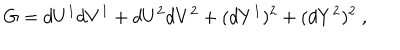
LaTeX: G = d U ^ { 1 } d V ^ { 1 } + d U ^ { 2 } d V ^ { 2 } + ( d Y ^ { 1 } ) ^ { 2 } + ( d Y ^ { 2 } ) ^ { 2 } ~ ,